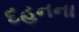
દહનના